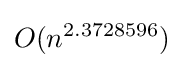
O(n^{2.3728596})